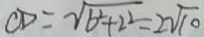
C D = \sqrt { b ^ { 2 } + 2 ^ { 2 } } = 2 \sqrt { 1 0 }